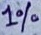
Text: 1%